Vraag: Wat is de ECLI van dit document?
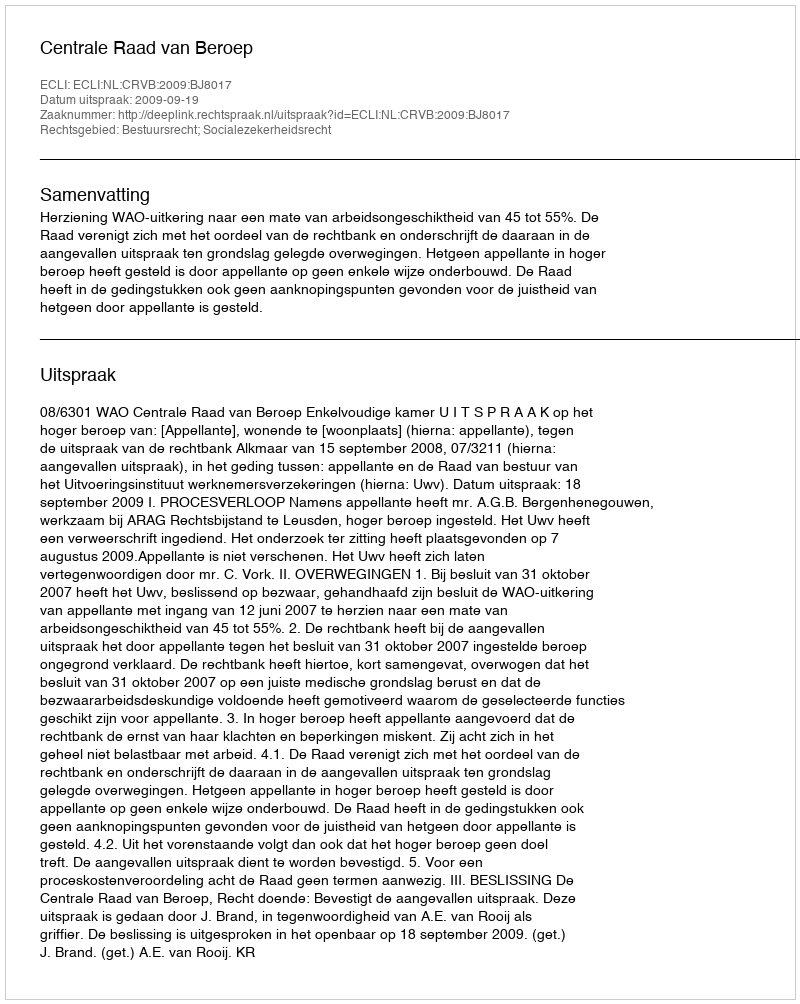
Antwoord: ECLI:NL:CRVB:2009:BJ8017